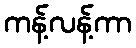
ကန့်လန့်ကာ